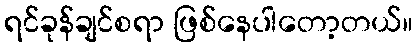
ရင်ခုန်ချင်စရာ ဖြစ်နေပါတော့တယ်။